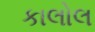
કાલોલ